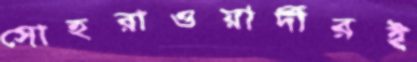
সোহরাওয়ার্দীরই